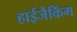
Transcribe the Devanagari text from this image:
हाईजैकिंग